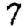
Digit: 7